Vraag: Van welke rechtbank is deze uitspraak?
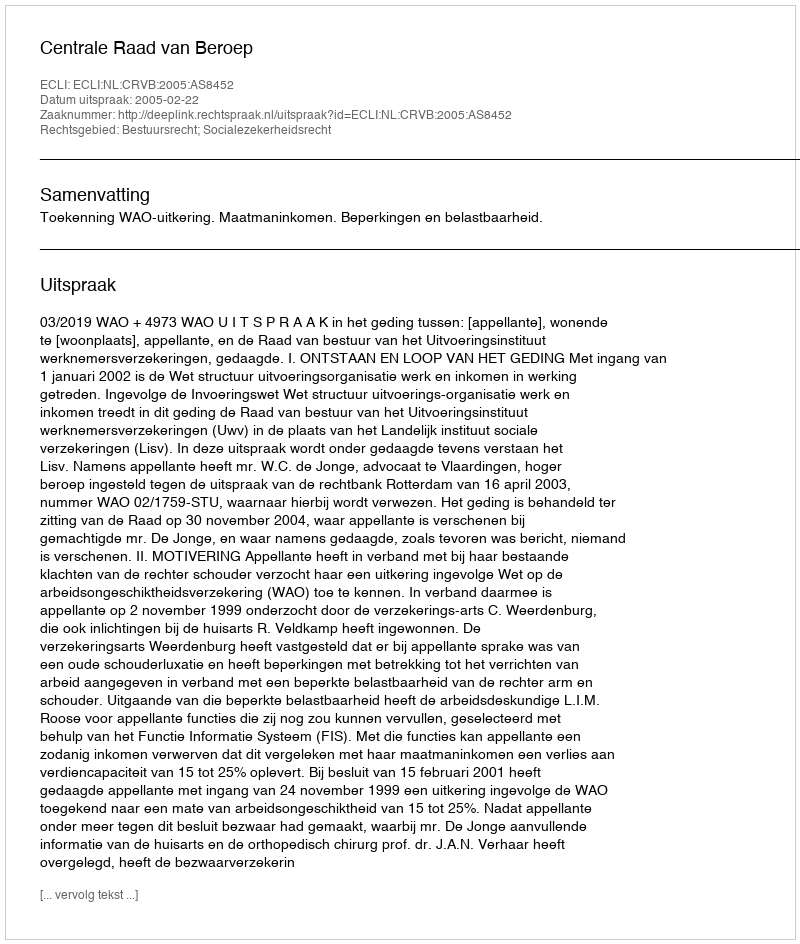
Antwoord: Centrale Raad van Beroep